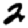
Digit: 2